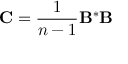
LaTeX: \mathbf { C } = { \frac { 1 } { n - 1 } } \mathbf { B } ^ { * } \mathbf { B }